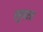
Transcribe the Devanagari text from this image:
लुप्तता